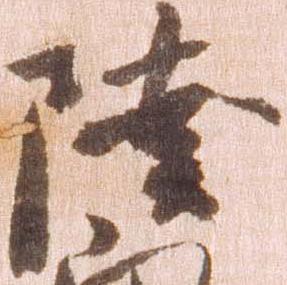
陸